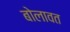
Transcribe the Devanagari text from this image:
बोलावत